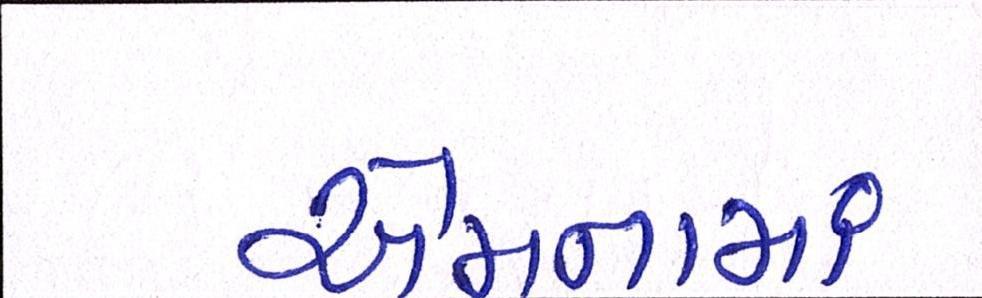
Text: એમનામાં